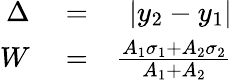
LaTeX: \begin{array}{rlr}{\Delta}&{{}=}&{|y_{2}-y_{1}|}\\ {W}&{{}=}&{\frac{A_{1}\sigma_{1}+A_{2}\sigma_{2}}{A_{1}+A_{2}}}\end{array}